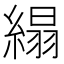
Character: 䌈